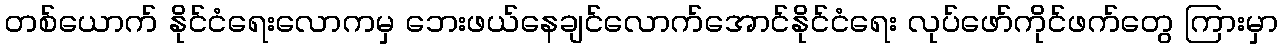
တစ်ယောက် နိုင်ငံရေးလောကမှ ဘေးဖယ်နေချင်လောက်အောင်နိုင်ငံရေး လုပ်ဖော်ကိုင်ဖက်တွေ ကြားမှာ